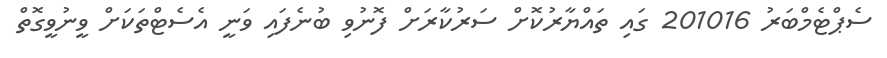
ސެޕްޓެމްބަރު 201016 ގައި ތައްޔާރުކޮށް ސަރުކާރަށް ފޮނުވި ބުނެފައި ވަނީ އެސެޓްތަކަށް ވީނުވީގޮތް